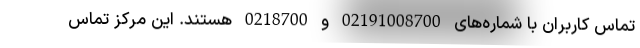
تماس کاربران با شماره‌های 02191008700 و 0218700 هستند. این مرکز تماس